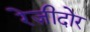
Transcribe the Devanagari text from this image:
रेज़ीदोर